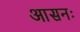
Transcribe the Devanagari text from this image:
आसनः